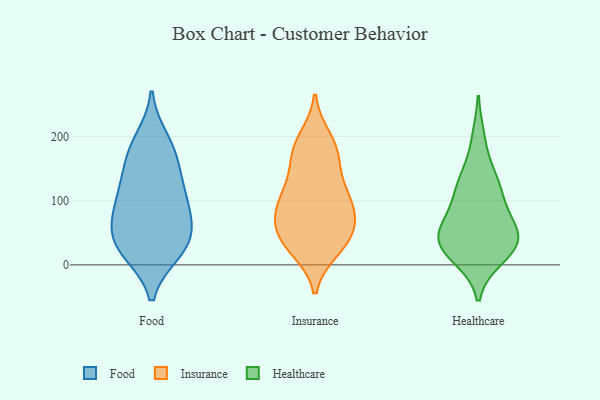
{"axis": {"x": "Headcount", "y": "Value"}, "legend": ["Food", "Healthcare", "Insurance"], "data": [{"x": "", "y": 196, "type": "Food"}, {"x": "", "y": 75, "type": "Food"}, {"x": "", "y": 172, "type": "Food"}, {"x": "", "y": 117, "type": "Food"}, {"x": "", "y": 59, "type": "Food"}, {"x": "", "y": 41, "type": "Food"}, {"x": "", "y": 143, "type": "Food"}, {"x": "", "y": 19, "type": "Food"}, {"x": "", "y": 88, "type": "Food"}, {"x": "", "y": 126, "type": "Food"}, {"x": "", "y": 22, "type": "Food"}, {"x": "", "y": 180, "type": "Food"}, {"x": "", "y": 93, "type": "Food"}, {"x": "", "y": 20, "type": "Food"}, {"x": "", "y": 48, "type": "Food"}, {"x": "", "y": 31, "type": "Insurance"}, {"x": "", "y": 75, "type": "Insurance"}, {"x": "", "y": 72, "type": "Insurance"}, {"x": "", "y": 176, "type": "Insurance"}, {"x": "", "y": 41, "type": "Insurance"}, {"x": "", "y": 110, "type": "Insurance"}, {"x": "", "y": 25, "type": "Insurance"}, {"x": "", "y": 91, "type": "Insurance"}, {"x": "", "y": 179, "type": "Insurance"}, {"x": "", "y": 169, "type": "Insurance"}, {"x": "", "y": 122, "type": "Insurance"}, {"x": "", "y": 196, "type": "Insurance"}, {"x": "", "y": 119, "type": "Insurance"}, {"x": "", "y": 85, "type": "Insurance"}, {"x": "", "y": 37, "type": "Insurance"}, {"x": "", "y": 55, "type": "Insurance"}, {"x": "", "y": 97, "type": "Healthcare"}, {"x": "", "y": 36, "type": "Healthcare"}, {"x": "", "y": 131, "type": "Healthcare"}, {"x": "", "y": 12, "type": "Healthcare"}, {"x": "", "y": 42, "type": "Healthcare"}, {"x": "", "y": 134, "type": "Healthcare"}, {"x": "", "y": 29, "type": "Healthcare"}, {"x": "", "y": 75, "type": "Healthcare"}, {"x": "", "y": 17, "type": "Healthcare"}, {"x": "", "y": 48, "type": "Healthcare"}, {"x": "", "y": 117, "type": "Healthcare"}, {"x": "", "y": 196, "type": "Healthcare"}, {"x": "", "y": 58, "type": "Healthcare"}, {"x": "", "y": 40, "type": "Healthcare"}]}